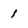
Character: 1